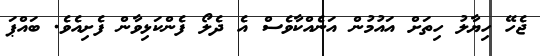
ޖެހޭ ހިޔާލު ހިތަށް އައުމުން އަނެއްކާވެސް އެ ދެލޯ ފެންކަޅިވާން ފެށިއެވެ. ބައްޕަ